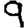
Digit: 9